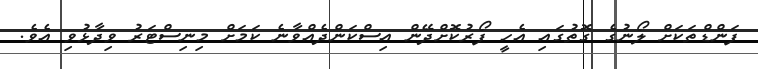
ފަންޑްތަކަށް ލޯނުގެ ގޮތުގައި އެހީ ފޯރުކޮށްދޭން އިސްކަންދެއްވާނެ ކަމަށް މިނިސްޓަރު ވިދާޅުވި އެވެ.